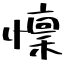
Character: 懍